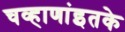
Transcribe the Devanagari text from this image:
चव्हाणांइतके